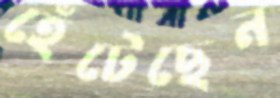
হেঁটেছেন